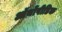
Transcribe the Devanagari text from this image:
ऑर्थोपीडिक